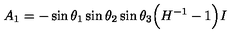
A _ { 1 } = - \sin \theta _ { 1 } \sin \theta _ { 2 } \sin \theta _ { 3 } \Big ( H ^ { - 1 } - 1 \Big ) I